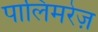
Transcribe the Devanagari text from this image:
पालिमरेज़